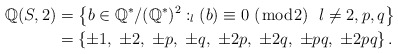
\begin{align*}\mathbb{Q}(S,2)&=\left\{b\in\mathbb{Q}^*/(\mathbb{Q}^*)^2 :_l(b)\equiv 0 ~(\bmod {2}) ~ ~ l\neq 2, p,q\right\}\\&=\left\{\pm 1,\; \pm 2, \;\pm p, \;\pm q, \;\pm 2p, \;\pm 2q, \;\pm pq, \;\pm 2pq \right\}.\end{align*}